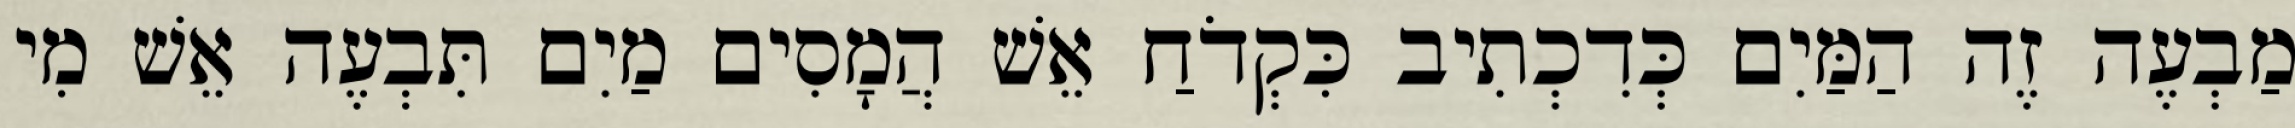
מַבְעֶה זֶה הַמַּיִם כְּדִכְתִיב כִּקְדֹחַ אֵשׁ הֲמָסִים מַיִם תִּבְעֶה אֵשׁ מִי